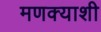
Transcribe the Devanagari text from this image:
मणक्याशी